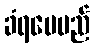
ခံရပေမည်